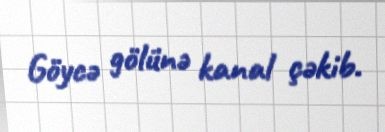
Göycə gölünə kanal çəkib.